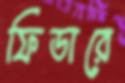
ফিডারে